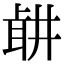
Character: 𦕡